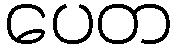
ပေတ